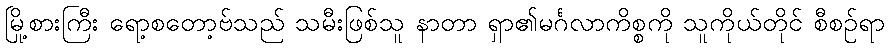
မြို့စားကြီး ရော့စတော့ဗ်သည် သမီးဖြစ်သူ နာတာ ရှာ၏မင်္ဂလာကိစ္စကို သူကိုယ်တိုင် စီစဉ်ရာ